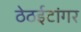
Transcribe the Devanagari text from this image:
ठेठईटांगर